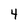
Character: 4